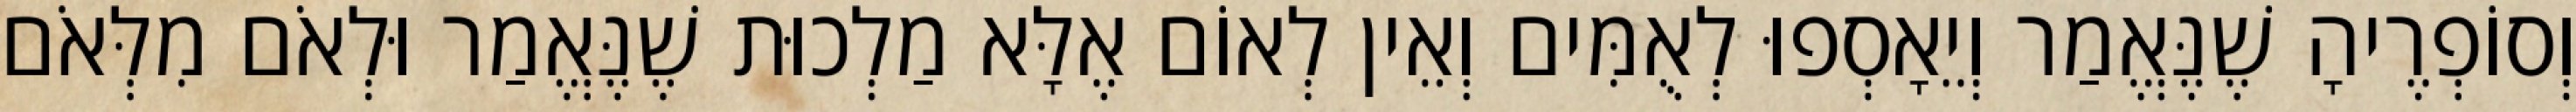
וְסוֹפְרֶיהָ שֶׁנֶּאֱמַר וְיֵאָסְפוּ לְאֻמִּים וְאֵין לְאוֹם אֶלָּא מַלְכוּת שֶׁנֶּאֱמַר וּלְאֹם מִלְּאֹם